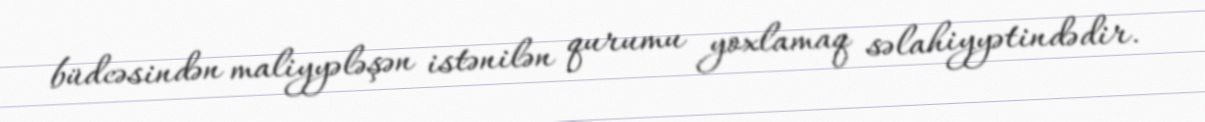
büdcəsindən maliyyələşən istənilən qurumu yoxlamaq səlahiyyətindədir.